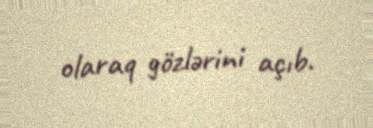
olaraq gözlərini açıb.